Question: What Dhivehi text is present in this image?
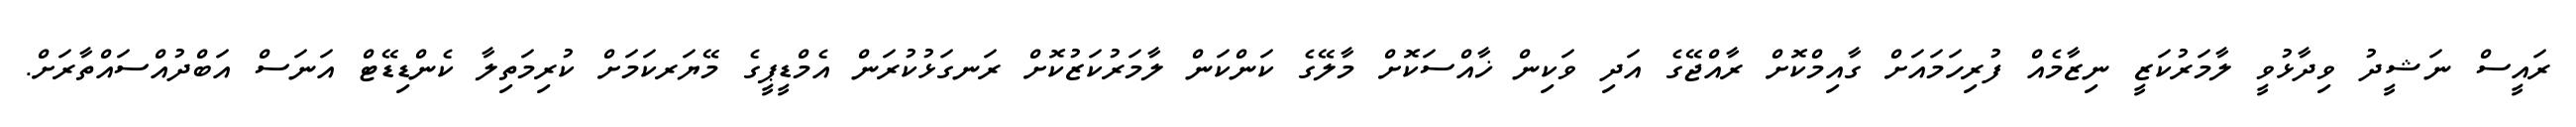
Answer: ރައީސް ނަޝީދު ވިދާޅުވީ ލާމަރުކަޒީ ނިޒާމެއް ފުރިހަމައަށް ގާއިމްކޮށް ރާއްޖޭގެ އަދި ވަކިން ޚާއްސަކޮށް މާލޭގެ ކަންކަން ލާމަރުކަޒުކޮށް ރަނގަޅުކުރަން އެމްޑީޕީގެ މޭޔަރކަމަށް ކުރިމަތިލާ ކެންޑިޑޭޓް އަނަސް އަބްދުއްސައްތާރަށް.